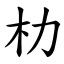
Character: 朸